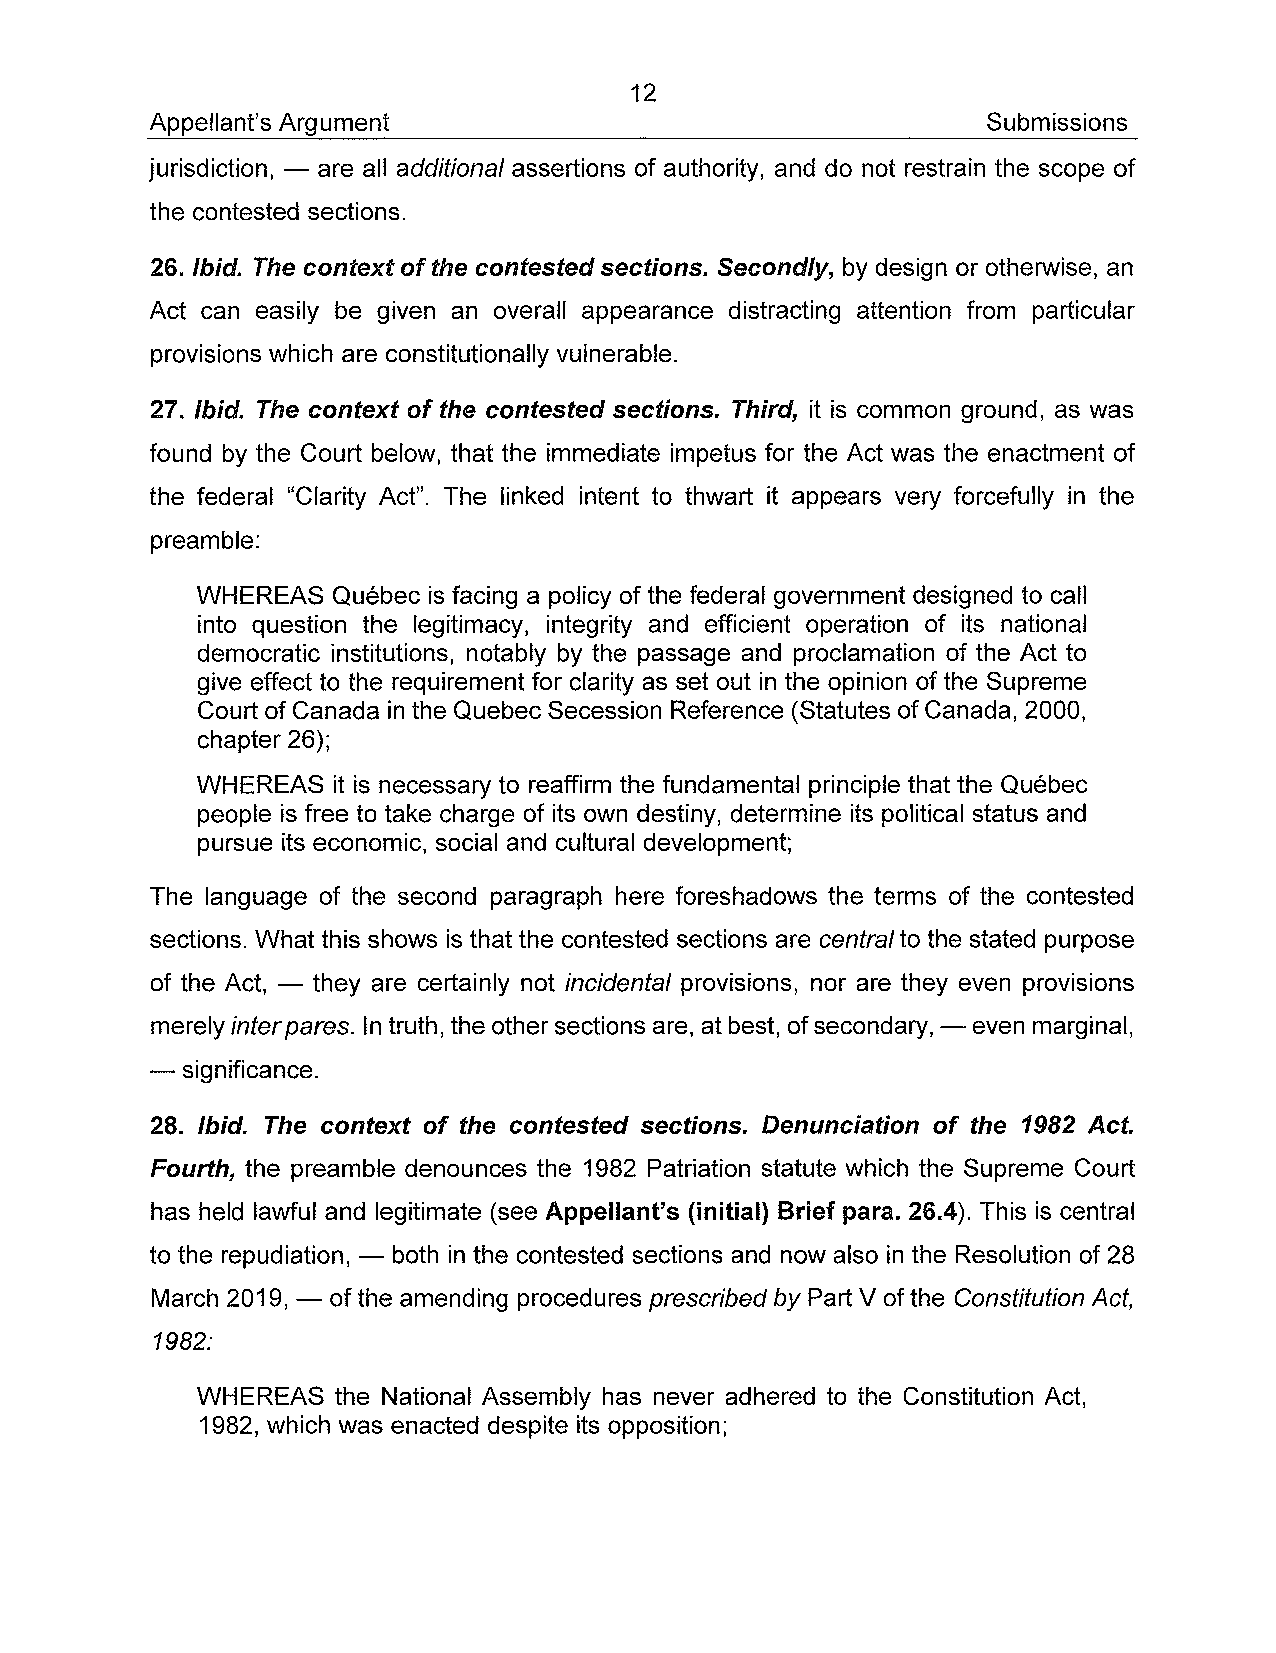
12
 Appellant's Argument                                   Submissions
 jurisdiction, - are ail additional assertions of authority, and do not restrain the scope of
 the contested sections.
 26. Ibid. The context of the contested sections. Secondly, by design or otherwise, an
 Act can easily be given an overall appearance distracting attention from particular
 provisions which are constitutionally vulnerable.
 27. Ibid. The context of the contested sections. Third, it is common ground, as was
 found by the Court below, that the immediate impetus for the Act was the enactment of
 the federal "Clarity Act". The linked intent to thwart it appears very forcefully in the
 preamble:
 WHEREAS  Québec is facing a policy of the federal government designed to cali
 into question the legitimacy, integrity and efficient operation of its national
 democratic institutions, notably by the passage and proclamation of the Act to
 give effect to the requirement for clarity as set out in the opinion of the Supreme
 Court of Canada in the Quebec Secession Reference (Statutes of Canada, 2000,
 chapter 26);
 WHEREAS  it is necessary to reaffirm the fundamental principle that the Québec
 people is free to take charge of its own destiny, determine its political status and
 pursue its economic, social and cultural development;
 The language of the second paragraph here foreshadows the terms of the contested
 sections. What this shows is that the contested sections are central to the stated purpose
 of the Act, - they are certainly not incidental provisions, nor are they even provisions
 merely inter pares. In truth, the other sections are, at best, of secondary, - even marginal,
 - significance.
 28. Ibid. The context of the contested sections. Denunciation of the 1982 Act.
 Fourth, the preamble denounces the 1982 Patriation statute which the Supreme Court
 has held lawful and legitimate (see Appellant's (initial) Brief para. 26.4). This is central
 to the repudiation, - both in the contested sections and now also in the Resolution of 28
 March 2019, - of the amending procedures prescribed by Part V of the Constitution Act,
 1982:
 WHEREAS  the National Assembly has never adhered to the Constitution Act,
 1982, which was enacted despite its opposition;